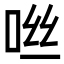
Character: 咝